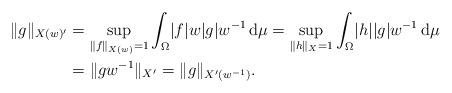
LaTeX: \begin{align*}\|g\|_{X(w)'}&=\sup_{\|f\|_{X(w)}=1}\int_\Omega\!|f|w|g|w^{-1}\,\mathrm{d}\mu=\sup_{\|h\|_{X}=1}\int_\Omega\!|h||g|w^{-1}\,\mathrm{d}\mu\\&=\|gw^{-1}\|_{X'}=\|g\|_{X'(w^{-1})}.\end{align*}